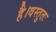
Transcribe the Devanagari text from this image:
है।वस्तुतः